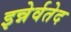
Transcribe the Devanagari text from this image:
इन्नेर्वतेद